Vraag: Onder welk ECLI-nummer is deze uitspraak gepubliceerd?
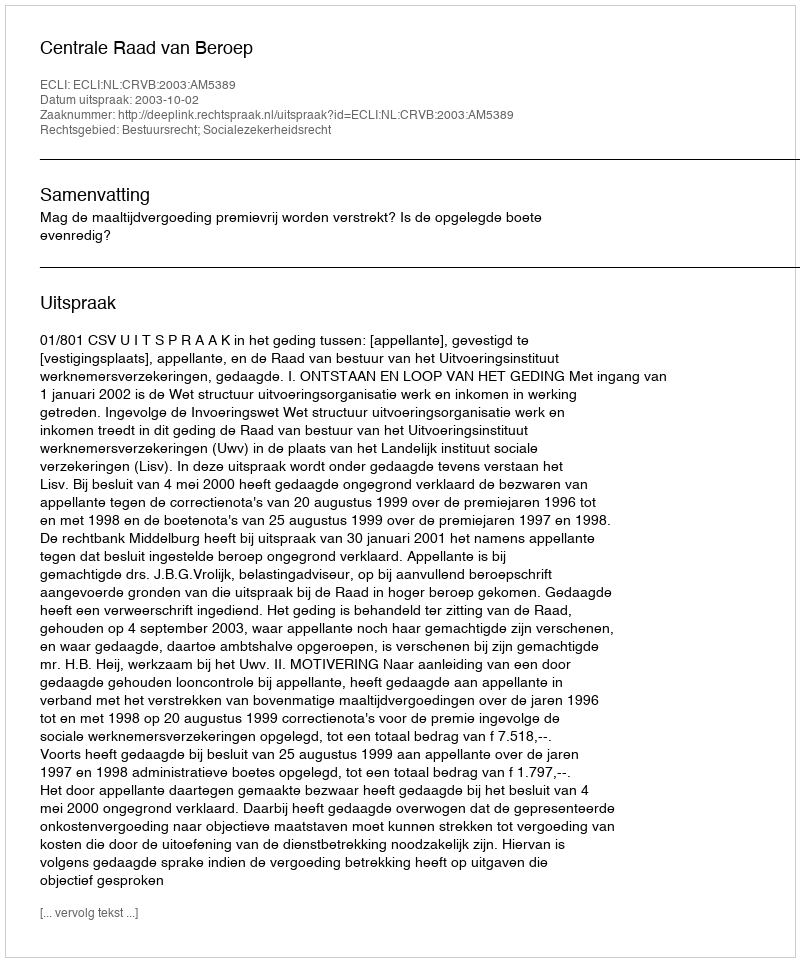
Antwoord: ECLI:NL:CRVB:2003:AM5389